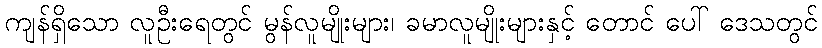
ကျန်ရှိသော လူဦးရေတွင် မွန်လူမျိုးများ၊ ခမာလူမျိုးများနှင့် တောင် ပေါ် ဒေသတွင်